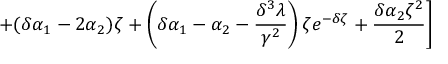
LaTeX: \left. + ( \delta \alpha _ { 1 } - 2 \alpha _ { 2 } ) \zeta + \left( \delta \alpha _ { 1 } - \alpha _ { 2 } - \frac { \delta ^ { 3 } \lambda } { \gamma ^ { 2 } } \right) \zeta e ^ { - \delta \zeta } + \frac { \delta \alpha _ { 2 } \zeta ^ { 2 } } { 2 } \right]